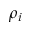
\rho _ { i }